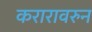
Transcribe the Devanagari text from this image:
करारावरुन